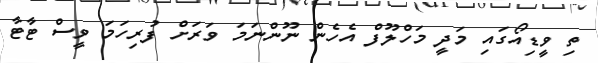
ތި ވީޑިއޯގައި މަދީ މަހްލޫފް އެހެން ނޫންނަމަ ވަރަށް ފުރިހަމަ ވީސް ޓާޓާ